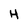
Character: H